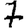
Digit: 7